Annual report of the Prince of Wales Medical College, Patna
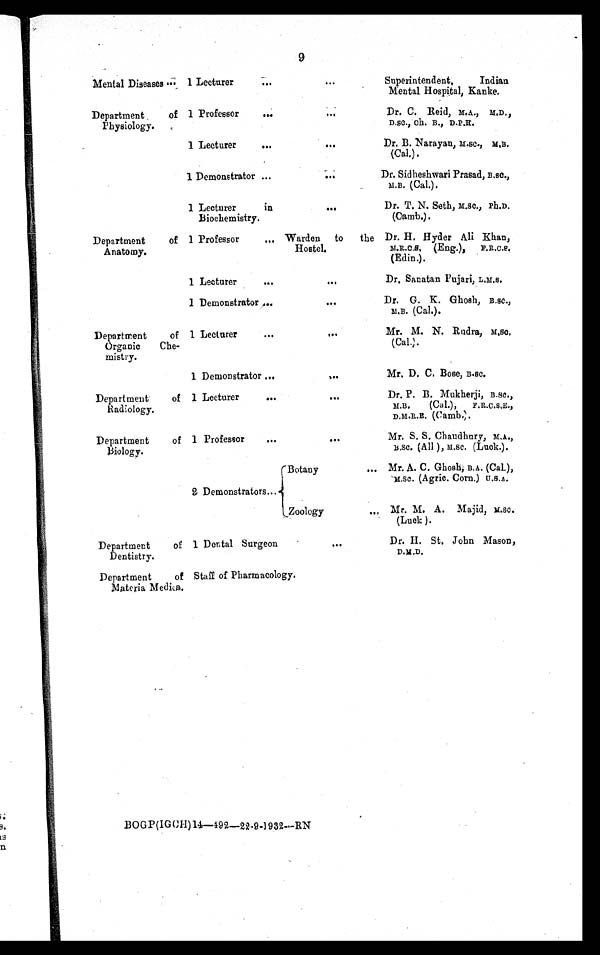
9
Mental Diseases ... 1 Lecturer ...
...
Superintendent, Indian
Mental Hospital, Kanke.
Department of
Physi ol ogy.
1 Professor ...
. . .
Dr. C.Reid, M.A., M.D.,
D.SC., Ch. B., D.P.H.
1 Lecturer ... ...
Dr. B. Narayan, M.SC., M.B.
(Cal.).
1 Demonstrator ...
. . .
Dr. Sidheshwari Prasad, B.SC .,
M.B. (Cal.).
1 Lecturer in
Biochemistry.
...
Dr. T. N. Seth, M.SC., Ph.D.
(Camb.).
Department of
Anatomy.
1 Professor ... Warden to the
Hostel.
Dr. H. Hyder Ali Khan,
M.R.C.S. (Eng.), F.R.C.S.
(Edin.).
1 Lecturer ...
. . .
Dr. Sanatan Pujari, L.M.S.
1 Demonstrator ... ...
Dr.G.K.Ghosh, B.Sc.,
M.B. (Cal.).
Department of
Organic Che-
mistry.
1 Lecturer ... ...
Mr. M. N. Rudra, M.SC.
(Cal.).
1 Demonstrator ... ...
Mr. D. C. Bose, B.SC.
Department of
Radiology.
1 Lecturer ...
. . .
Dr. P. B. Mukherji, B.SC.,
M.B. (Cal.), F.R.C.S.E.,
D.M.R.E. (Camb.).
Department of
Biology.
1 Professor ...
...
Mr. S. S. Chaudhury, M.A.,
B.Sc. (All), M.Sc. (Luck.)
.2
2 D e m o n s t r a t o r s . . .
B o t a n y
... Mr. A. C. Ghosh, B.A. (Cal.),
M.SC. (Agric. Corn.) U.S.A.
Zoology
...
Mr. M. A. Majid, M.Sc.
(Luck).
Department of
Dentistry.
1 Dental Surgeon ...
Dr. H. St. John Mason,
D.M.D.
Department of
Materia Medica.
Staff of Pharmacology.
BOGP(IGCH)14—492—22-9-1932—RN